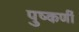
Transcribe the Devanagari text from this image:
पुष्कर्णी